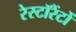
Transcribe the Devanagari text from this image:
रेस्टॉरेंटों